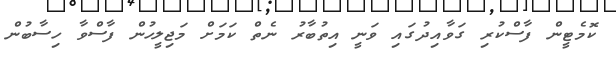
ކޮމެޓީން ފާސްކުރި ގަވާއިދުގައި ވަނީ އިތުބާރު ނެތް ކަމަށް މަޖިލީހުން ފާސްވާ ހިސާބުން